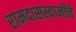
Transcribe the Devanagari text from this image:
रामदासस्वामींचे